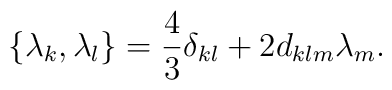
\{{\lambda}_k,{\lambda}_l\}=\frac{4}{3}{\delta}_{kl}+2d_{klm}{\lambda}_m.